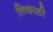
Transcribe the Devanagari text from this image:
लिकाडी